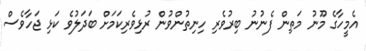
އެމީހާގެ މޫނު މަތިން ފެނުނު ބިރުވެރި ހިނިތުންވުން ރުޅިވެރިކަމަށް ބަދަލުވެ ކަޅި ޖަހާވެސް